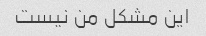
این مشکل من نیست